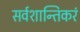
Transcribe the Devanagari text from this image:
सर्वशान्तिकरं